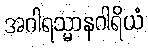
အဂါရသ္မာနဂါရိယံ